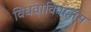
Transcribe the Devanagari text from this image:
विधवाविवाहास